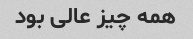
همه چیز عالی بود